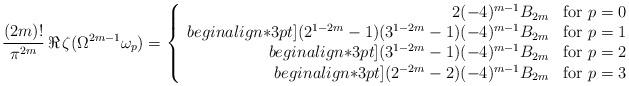
LaTeX: \begin{align*}\frac{(2m)!}{\pi^{2m}}\,\Re\,\zeta(\Omega^{2m-1}\omega_p)=\left\{\begin{array}{rrr}2(-4)^{m-1}B_{2m}&\mbox{for }p=0\\begin{align*}3pt](2^{1-2m}-1)(3^{1-2m}-1)(-4)^{m-1}B_{2m}&\mbox{for }p=1\\begin{align*}3pt](3^{1-2m}-1)(-4)^{m-1}B_{2m}&\mbox{for }p=2\\begin{align*}3pt](2^{-2m}-2)(-4)^{m-1}B_{2m}&\mbox{for }p=3\end{array}\right.\end{align*}